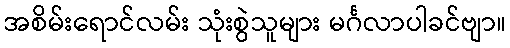
အစိမ်းရောင်လမ်း သုံးစွဲသူများ မင်္ဂလာပါခင်ဗျာ။